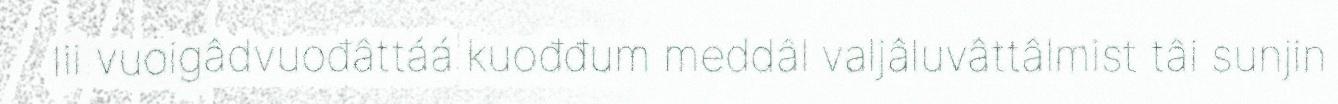
lii vuoigâdvuođâttáá kuođđum meddâl valjâluvâttâlmist tâi sunjin